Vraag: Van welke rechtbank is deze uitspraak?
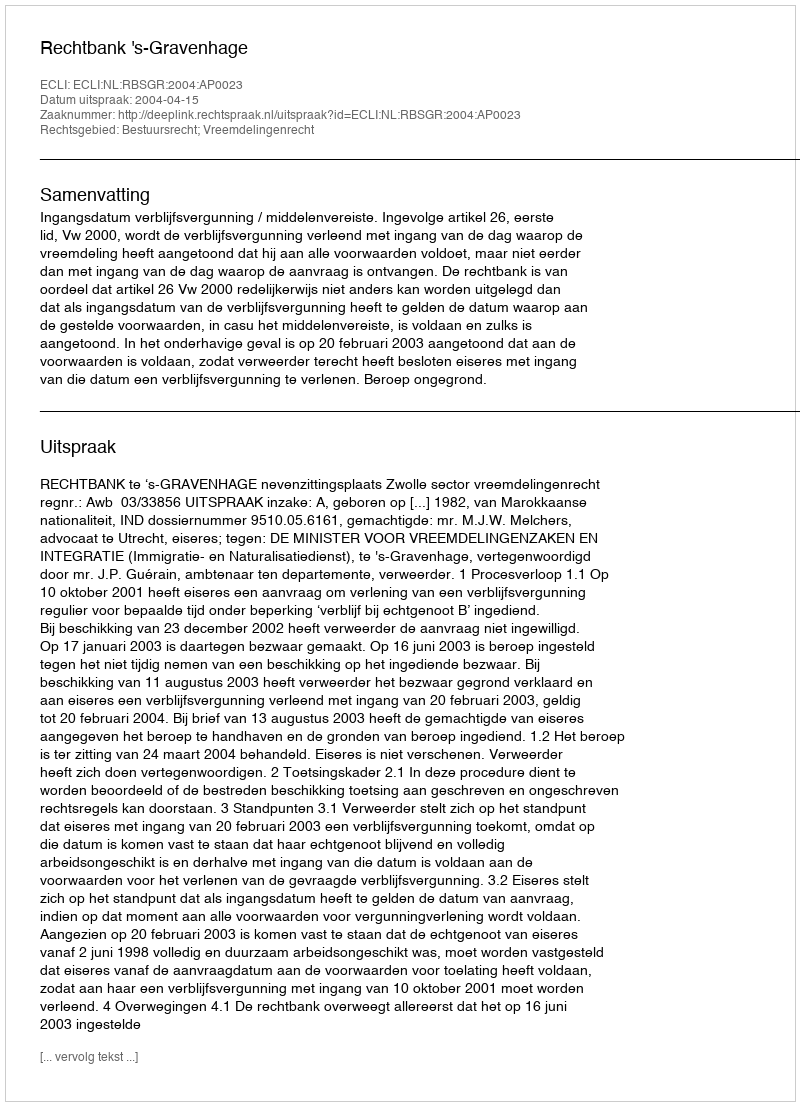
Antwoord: Rechtbank 's-Gravenhage